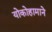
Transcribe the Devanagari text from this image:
योकोहामाने